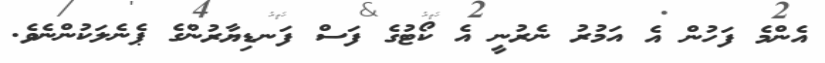
އެންމެ ފަހުން އެ އަމުރު ނެރުނީ އެ ކޯޓުގެ ފަސް ފަނޑިޔާރުންގެ ޕެނެލަކުންނެވެ.